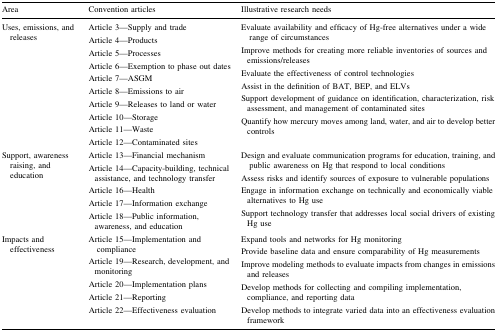
<table><thead><tr><td><b>Area</b></td><td><b>Convention articles</b></td><td><b>Illustrative research needs</b></td></tr></thead><tbody><tr><td>Uses, emissions, and releases</td><td>Article 3—Supply and tradeArticle 4—ProductsArticle 5—ProcessesArticle 6—Exemption to phase out datesArticle 7—ASGMArticle 8—Emissions to airArticle 9—Releases to land or waterArticle 10—StorageArticle 11—WasteArticle 12—Contaminated sites</td><td>Evaluate availability and efficacy of Hg-free alternatives under a wide range of circumstancesImprove methods for creating more reliable inventories of sources and emissions/releasesEvaluate the effectiveness of control technologiesAssist in the definition of BAT, BEP, and ELVsSupport development of guidance on identification, characterization, risk assessment, and management of contaminated sitesQuantify how mercury moves among land, water, and air to develop better controls</td></tr><tr><td>Support, awareness raising, and education</td><td>Article 13—Financial mechanismArticle 14—Capacity-building, technical assistance, and technology transferArticle 16—HealthArticle 17—Information exchangeArticle 18—Public information, awareness, and education</td><td>Design and evaluate communication programs for education, training, and public awareness on Hg that respond to local conditionsAssess risks and identify sources of exposure to vulnerable populationsEngage in information exchange on technically and economically viable alternatives to Hg useSupport technology transfer that addresses local social drivers of existing Hg use</td></tr><tr><td>Impacts and effectiveness</td><td>Article 15—Implementation and complianceArticle 19—Research, development, and monitoringArticle 20—Implementation plansArticle 21—ReportingArticle 22—Effectiveness evaluation</td><td>Expand tools and networks for Hg monitoringProvide baseline data and ensure comparability of Hg measurementsImprove modeling methods to evaluate impacts from changes in emissions and releasesDevelop methods for collecting and compiling implementation, compliance, and reporting dataDevelop methods to integrate varied data into an effectiveness evaluation framework</td></tr></tbody></table>